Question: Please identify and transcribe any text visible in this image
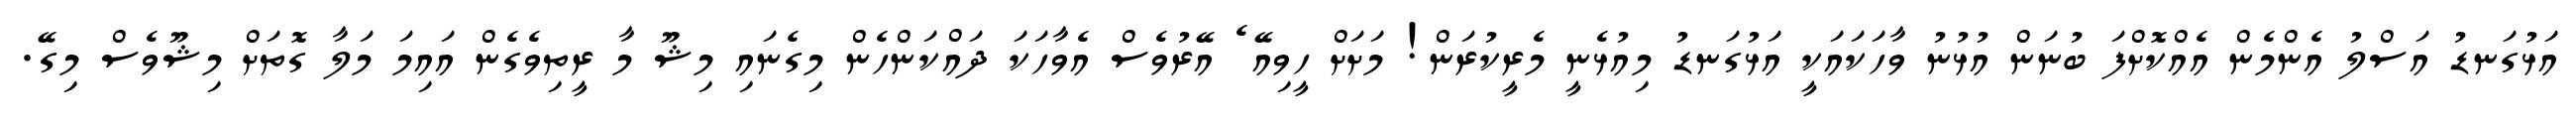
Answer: އަޅުގަނޑު އަސްލު އެންމެން އެއްކޮށްފަ ބުނަން އުޅުނު ވާހަކައަކީ އަޅުގަނޑު މިއުޅެނީ މެރީކުރަން! މަށަށް ހީވިއޭ ެ އޭރުވެސް އެވާހަކަ ދައްކަންހެން މިގެނައި މިޝޫ މާ ރީތިވެގެން އައިމަ މަލާ ގޮތަށް މިޝޫވެސް މިގޭ.